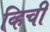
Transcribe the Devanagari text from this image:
व्हिची